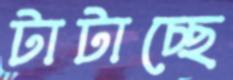
টাটাচ্ছে